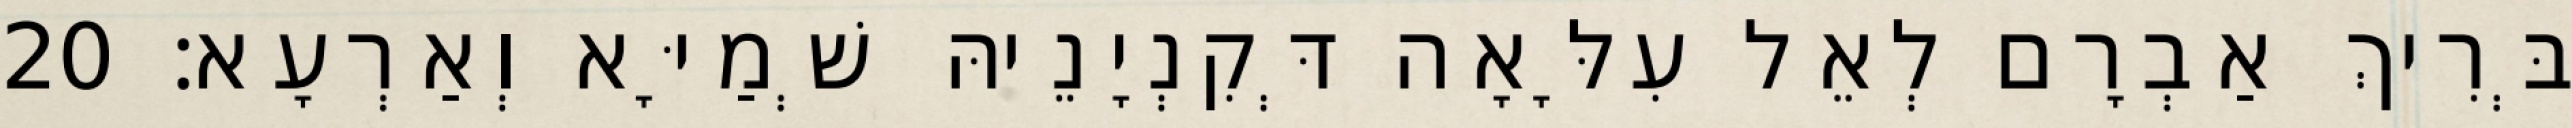
בְּרִיךְ אַבְרָם לְאֵל עִלָּאָה דְּקִנְיָנֵיהּ שְׁמַיָּא וְאַרְעָא׃ 20